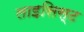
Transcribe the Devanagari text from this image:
लाइसिस्ट